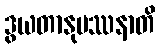
ဒွယတာနုပဿနာတိ